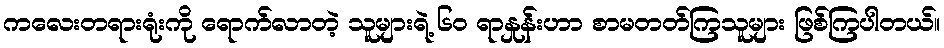
ကလေးတရားရုံးကို ရောက်လာတဲ့ သူများရဲ့ ၆၀ ရာနှုန်းဟာ စာမတတ်ကြသူများ ဖြစ်ကြပါတယ်။